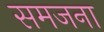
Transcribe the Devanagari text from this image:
समजना